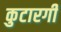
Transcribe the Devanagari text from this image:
कुटारगी